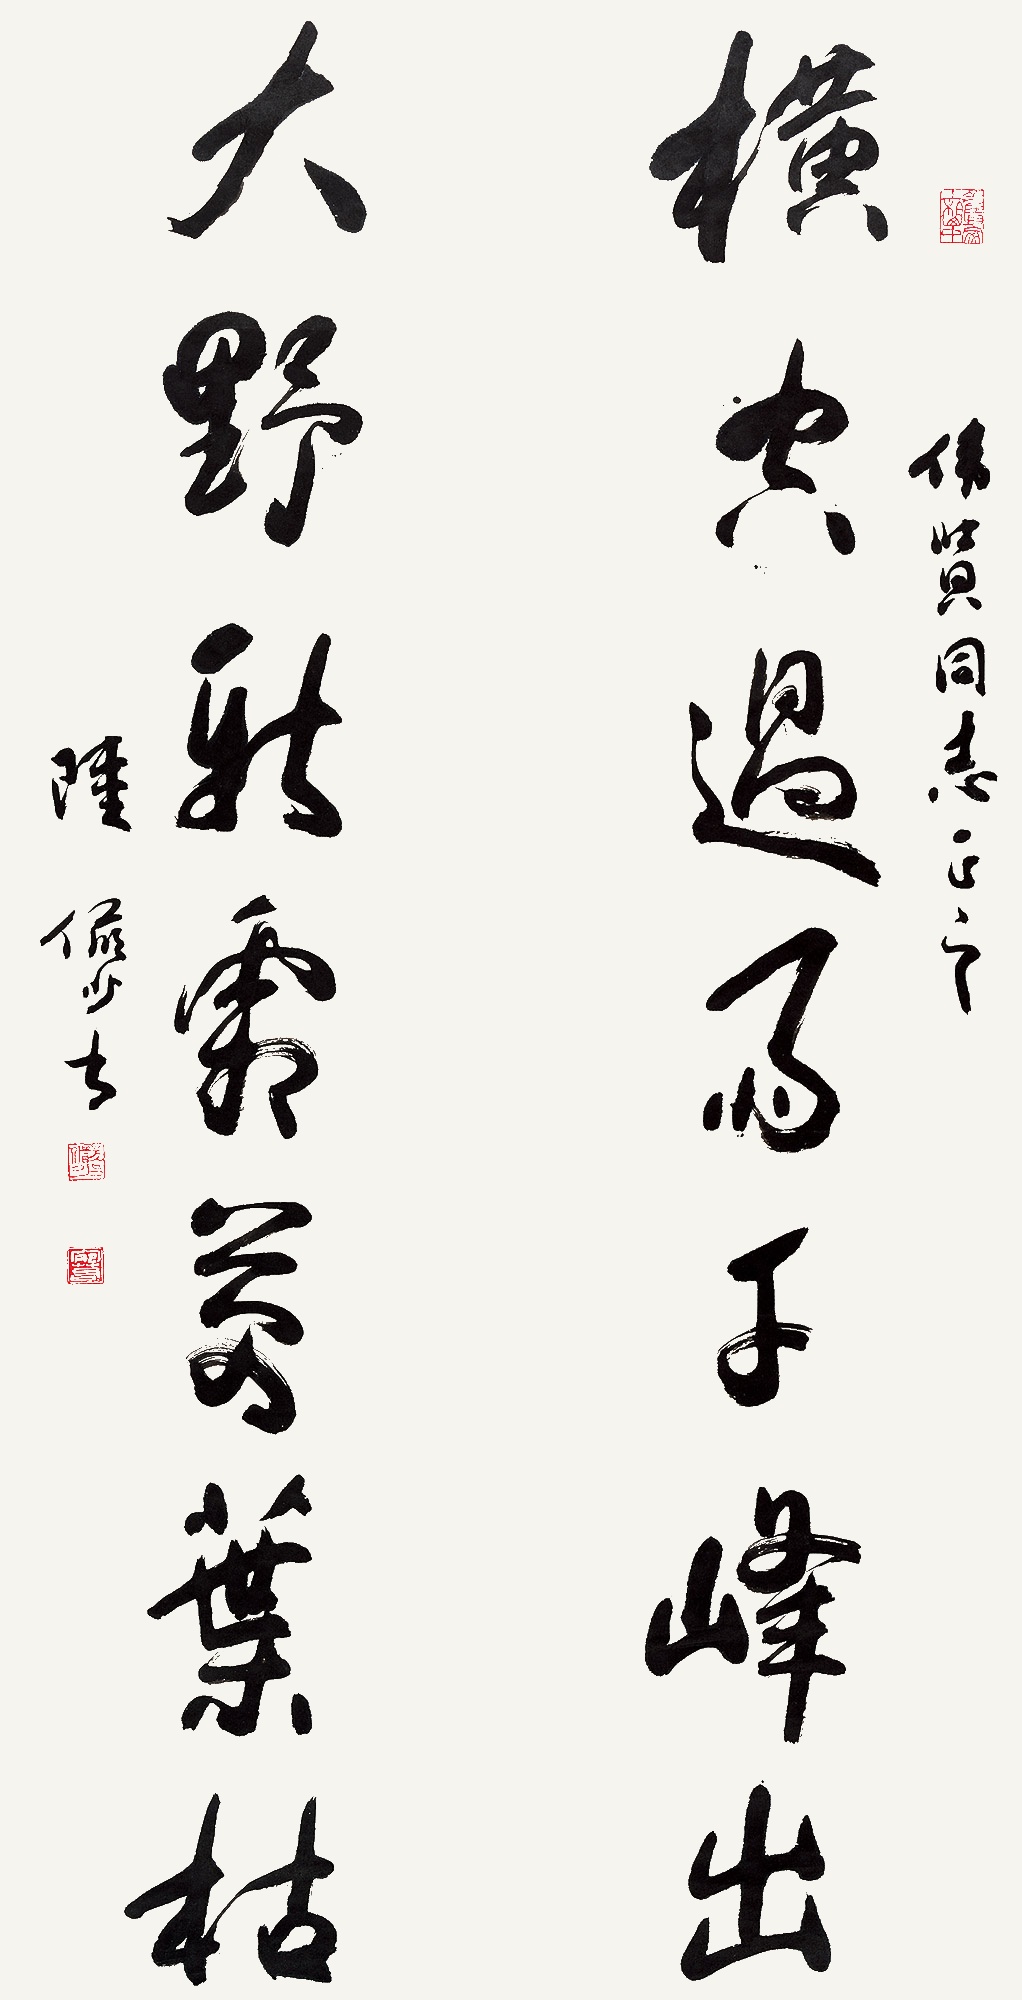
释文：横空过雨千峰出，大野新霜万叶枯。伟贤同志正之。陆俨少。